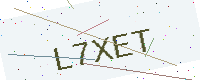
Text: L7XET